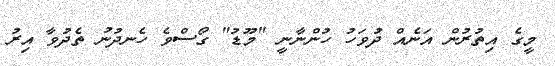
މީގެ އިތުރުން އަނެއް ދުވަހު ހުންނާނީ "މޫޑު" ގޯސްވެ ހެނދުނު ތެދުވާ އިރު